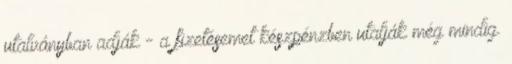
utalványban adják - a fizetésemet készpénzben utalják még mindig.